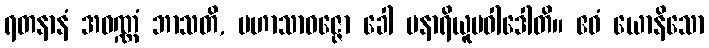
ရတနာနံ အဝဏ္ဏံ ဘာသတိ, မဟာသာဝဇ္ဇော ခေါ ပနာရိယူပဝါဒေါတိ။ ဧဝံ ယောနိသော